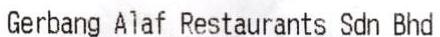
GERBANG ALAF RESTAURANTS SDN BHD